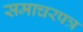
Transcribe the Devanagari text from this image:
समाचरपत्र